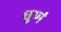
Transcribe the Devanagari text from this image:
धुणं